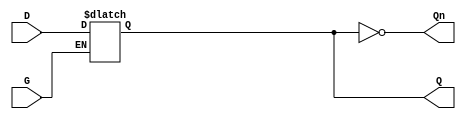
module dual_input_gated_latch (
    input wire D,      // Data Input
    input wire G,      // Gate/Control Input
    output reg Q,      // Output
    output wire Qn     // Inverted Output
);

    // Inverted output
    assign Qn = ~Q;

    // Always block triggered by G
    always @ (G or D) begin
        if (G) begin
            // When G is high, Q follows D
            Q <= D;
        end
        // When G is low, Q retains its last state
    end

endmodule